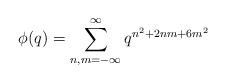
LaTeX: \begin{align*}\phi(q)=\sum^{\infty}_{n,m=-\infty}q^{n^2+2nm+6m^2}\end{align*}